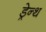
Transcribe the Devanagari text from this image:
ड्रेन्थ